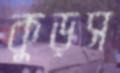
কুড়স